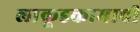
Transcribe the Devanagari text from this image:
लाकूडकामाची